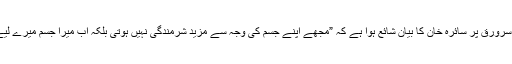
تصویر کے ساتھ میگزین کے سرورق پر سائرہ خان کا بیان شائع ہوا ہے کہ ”مجھے اپنے جسم کی وجہ سے مزید شرمندگی نہیں ہوتی بلکہ اب میرا جسم میرے لیے فخر اور طاقت کا باعث ہے۔